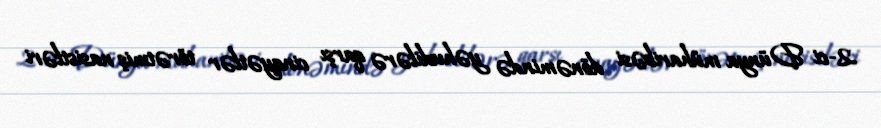
2-ci Dünya müharibəsi dönəmində yəhudilərə qarşı cinayətlər törətmiş nasistləri